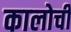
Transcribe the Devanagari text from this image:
कालोची